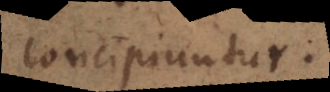
concipiuntur.